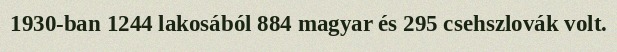
1930-ban 1244 lakosából 884 magyar és 295 csehszlovák volt.